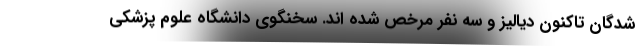
شدگان تاکنون دیالیز و سه نفر مرخص شده اند. سخنگوی دانشگاه علوم پزشکی